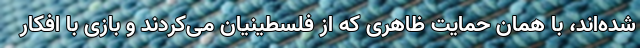
شده‌اند، با همان حمایت ظاهری که از فلسطینیان می‌کردند و بازی با افکار